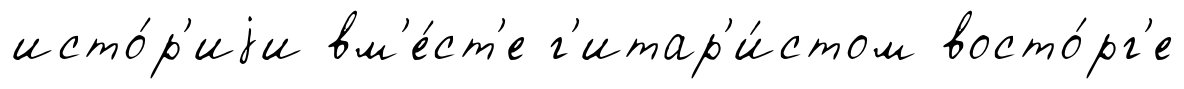
исто́р'иjи вм'е́ст'е г'итар'и́стом восто́рг'е